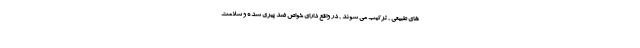
های طبیعی , ترکیب می شوند , در واقع دارای خواص ضد پیری شده و سلامت